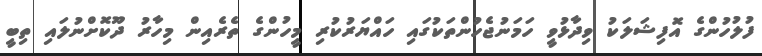
ފުލުހުންގެ އޮފިޝަލަކު ވިދާޅުވީ ހަމަނުޖެހުންތަކުގައި ހައްޔަރުކުރި މީހުންގެ ތެރެއިން މިހާރު ދޫކޮށްނުލައި ތިބީ